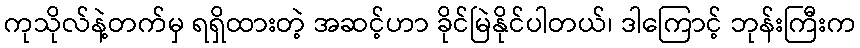
ကုသိုလ်နဲ့တက်မှ ရရှိထားတဲ့ အဆင့်ဟာ ခိုင်မြဲနိုင်ပါတယ်၊ ဒါကြောင့် ဘုန်းကြီးက